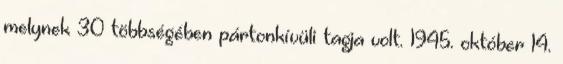
melynek 30 többségében pártonkívüli tagja volt. 1945. október 14.